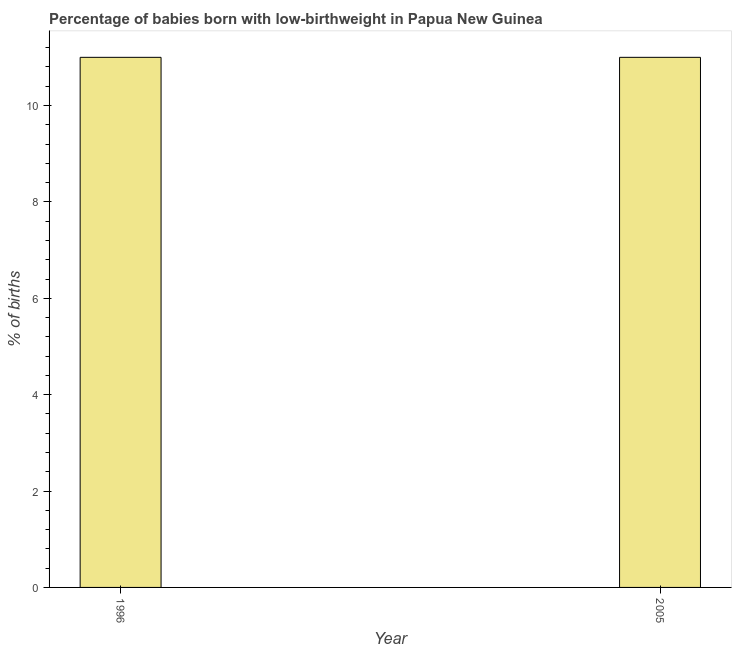
| Year | Low-birthweight babies |
 | --- | --- |
 | 1996 | 11 |
 | 2005 | 11 |